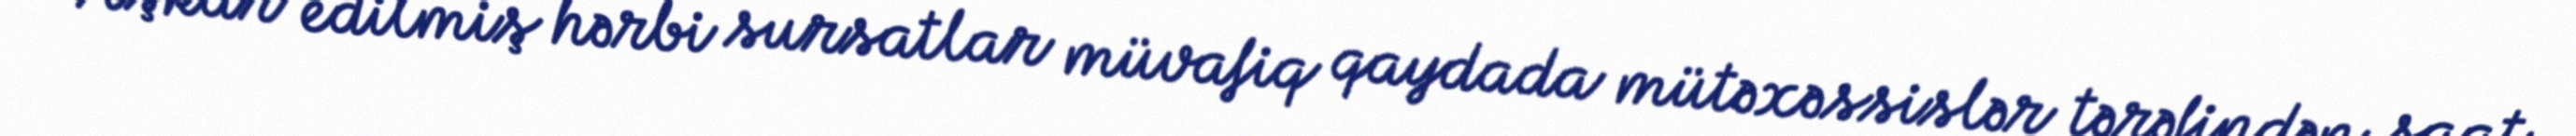
Aşkar edilmiş hərbi sursatlar müvafiq qaydada mütəxəssislər tərəfindən saat